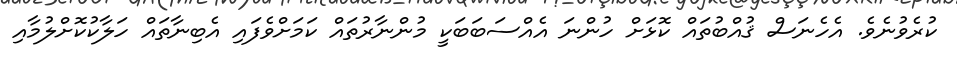
ކުރެވުނެވެ. އެހެނަސް ޤުއްބުތައް ކޮޅަށް ހުންނަ އެއްސަބަބަކީ މުންނާރުތައް ކަމަށްވެފައި އެބިނާތައް ހަލާކުކޮށްލުމާއި